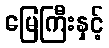
မြေကြီးနှင့်